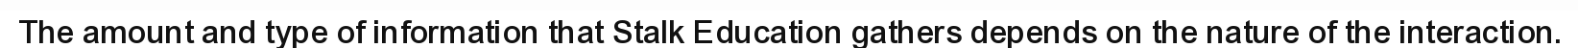
The amount and type of information that Stalk Education gathers depends on the nature of the interaction.